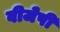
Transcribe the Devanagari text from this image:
वीजेपी